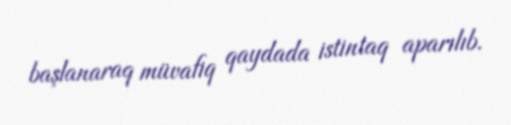
başlanaraq müvafiq qaydada istintaq aparılıb.